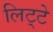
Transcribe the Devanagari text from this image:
लिट्‍टे